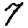
Digit: 7